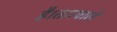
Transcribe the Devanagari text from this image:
है।तारवाले